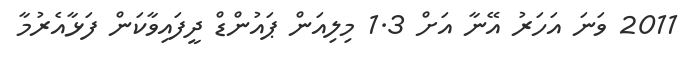
2011 ވަނަ އަހަރު އޭނާ އަށް 1.3 މިލިއަން ޕައުންޑް ދީފައިވާކަން ފަޅާއެރުމާ